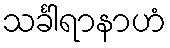
သင်္ခါရာနာဟံ